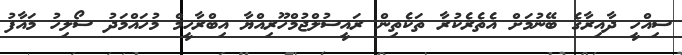
ސިއްހީ ދާއިރާގެ ބޭނުމަށް އެތެރެކުރާ ތަކެތިން ރައީސުލްޖުމްހޫރިއްޔާ އިބްރާހީމް މުހައްމަދު ސޯލިހު މައާފު